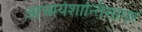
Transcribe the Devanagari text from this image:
आचार्यशान्तिसागर